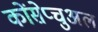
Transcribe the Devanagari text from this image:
कोंसेप्चुअल